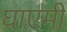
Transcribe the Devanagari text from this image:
घाएमी